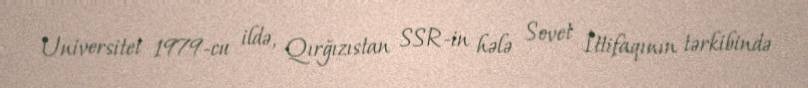
Universitet 1979-cu ildə, Qırğızıstan SSR-in hələ Sovet İttifaqının tərkibində